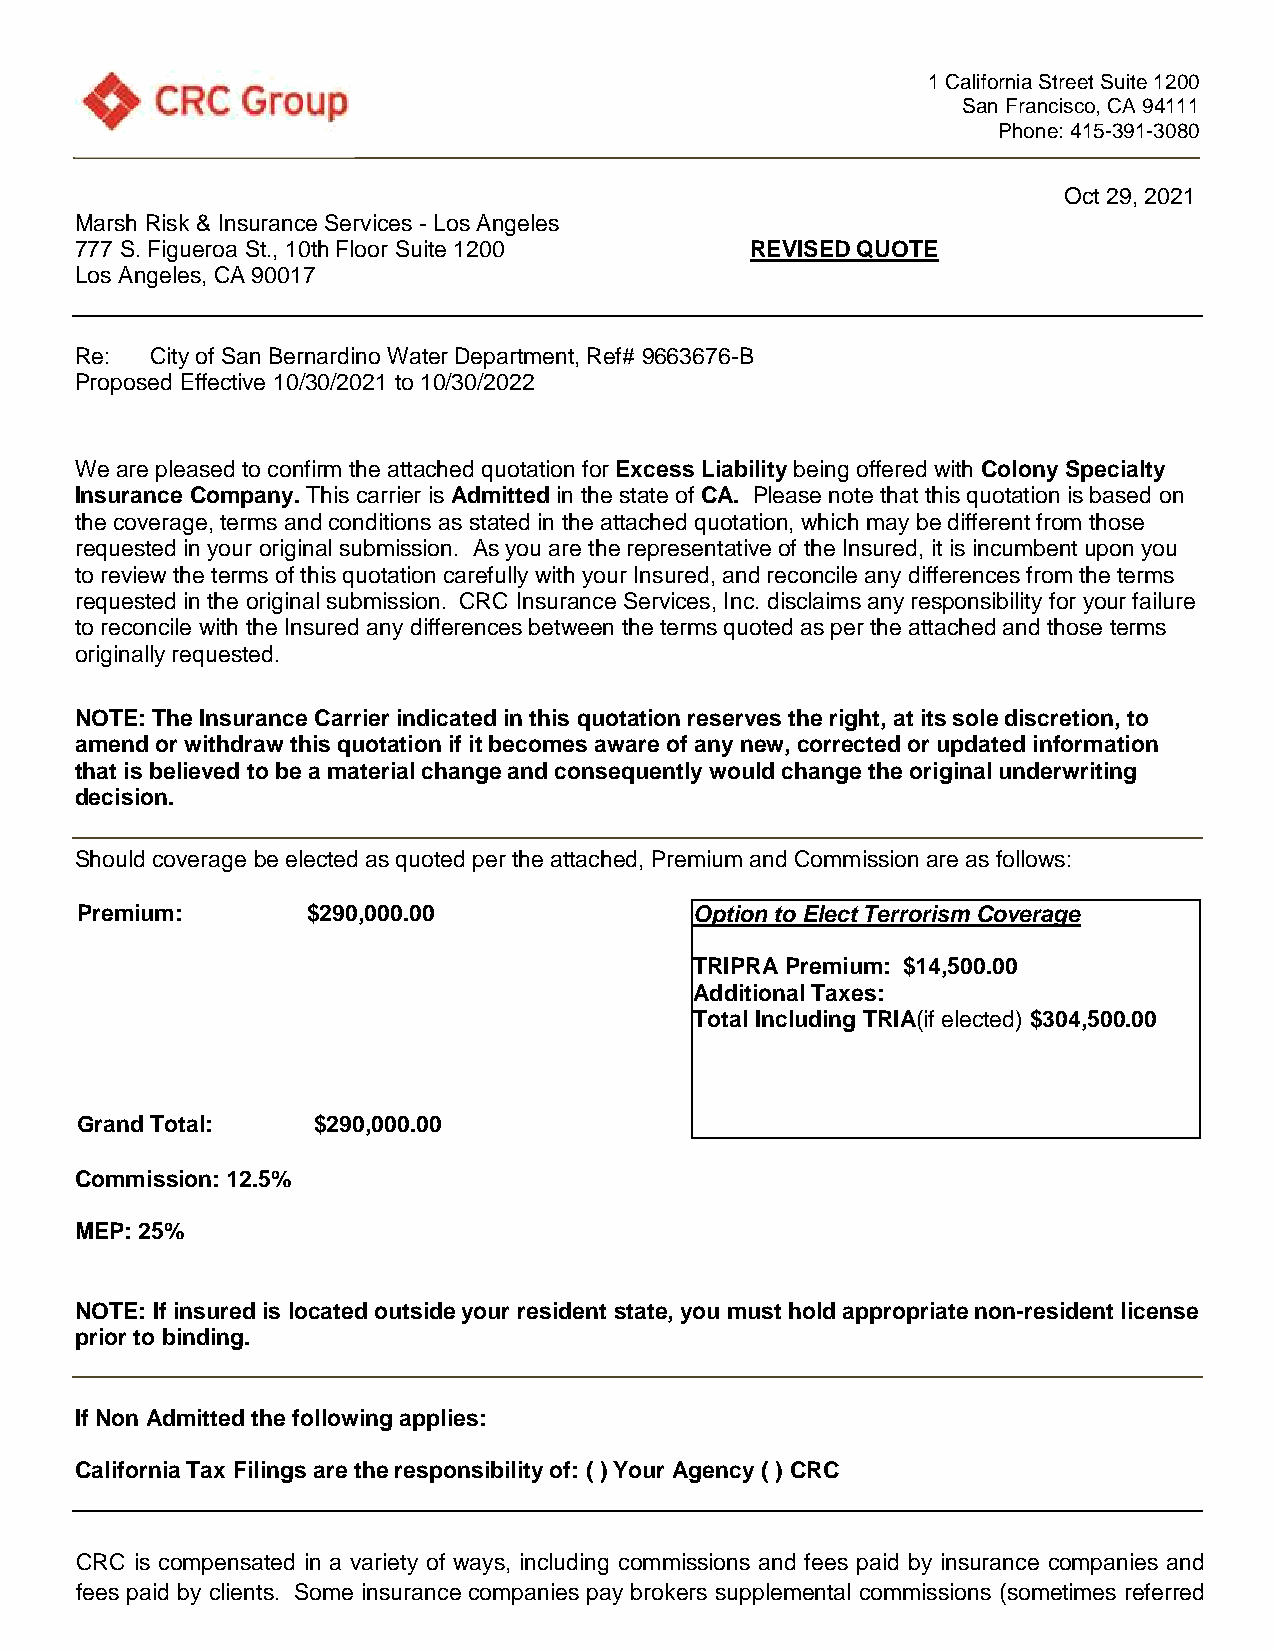
1 California Street Suite 1200
 San Francisco, CA 94111
 Phone: 415-391-3080
 Oct 29, 2021
 Marsh Risk & Insurance Services - Los Angeles
 777 S. Figueroa St., 10th Floor Suite 1200   REVISED QUOTE
 Los Angeles, CA 90017
 Re:  City of San Bernardino Water Department, Ref# 9663676-B
 Proposed Effective 10/30/2021 to 10/30/2022
 We are pleased to confirm the attached quotation for Excess Liability being offered with Colony Specialty
 Insurance Company. This carrier is Admitted in the state of CA. Please note that this quotation is based on
 the coverage, terms and conditions as stated in the attached quotation, which may be different from those
 requested in your original submission. As you are the representative of the Insured, it is incumbent upon you
 to review the terms of this quotation carefully with your Insured, and reconcile any differences from the terms
 requested in the original submission. CRC Insurance Services, Inc. disclaims any responsibility for your failure
 to reconcile with the Insured any differences between the terms quoted as per the attached and those terms
 originally requested.
 NOTE: The Insurance Carrier indicated in this quotation reserves the right, at its sole discretion, to
 amend or withdraw this quotation if it becomes aware of any new, corrected or updated information
 that is believed to be a material change and consequently would change the original underwriting
 decision.
 Should coverage be elected as quoted per the attached, Premium and Commission are as follows:
 Premium:       $290,000.00               Option to Elect Terrorism Coverage
 TRIPRA Premium: $14,500.00
 Additional Taxes:
 Total Including TRIA(if elected) $304,500.00
 Grand Total:    $290,000.00
 Commission: 12.5%
 MEP: 25%
 NOTE: If insured is located outside your resident state, you must hold appropriate non-resident license
 prior to binding.
 If Non Admitted the following applies:
 California Tax Filings are the responsibility of: ( ) Your Agency ( ) CRC
 CRC is compensated in a variety of ways, including commissions and fees paid by insurance companies and
 fees paid by clients. Some insurance companies pay brokers supplemental commissions (sometimes referred